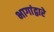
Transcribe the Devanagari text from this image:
भागांद्वारे